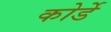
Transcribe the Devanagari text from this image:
कोर्डे